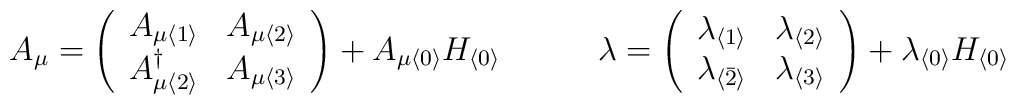
A_{\mu }   = \left ( \begin{array}{cc}      A_{\mu \langle 1 \rangle}           & A_{\mu \langle 2 \rangle} \\     A_{\mu \langle 2 \rangle}^{\dagger} & A_{\mu \langle 3 \rangle} \\        \end{array}\right ) + A_{\mu \langle 0 \rangle} H_{\langle 0 \rangle}  \qquad \quad \lambda   = \left ( \begin{array}{cc}   \lambda _{ \langle 1 \rangle }      & \lambda _{ \langle 2 \rangle } \\   \lambda _{ \langle \bar 2 \rangle } & \lambda _{ \langle 3 \rangle} \\        \end{array}\right ) + \lambda _{ \langle 0 \rangle } H_{\langle 0 \rangle }